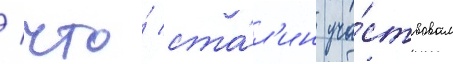
/ что́ ста́л'ин уча́ствовал